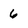
Character: 6